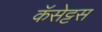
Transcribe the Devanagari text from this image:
कॅसेट्टस